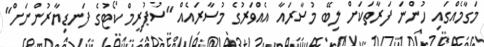
މަގާމެއްގައި ހުންނަ ފަރާތަކަށް ލިބޭ މުސާރައާ އެއްވަރުގެ މުސާރައެއް "ސުޕުރީމް ކޯޓުގެ ފަނޑިޔާރުންނަށް"